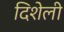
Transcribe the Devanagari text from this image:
दिशेली